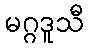
မဂ္ဂဒူသီ